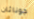
جوناثان